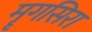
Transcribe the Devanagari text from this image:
मॄगसिरा